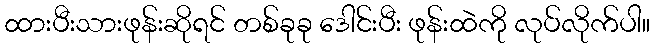
ထားပီးသားဖုန်းဆိုရင် တစ်ခုခု ဒေါင်းပီး ဖုန်းထဲကို လုပ်လိုက်ပါ။